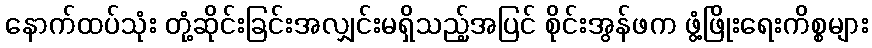
နောက်ထပ်သုံး တုံ့ဆိုင်းခြင်းအလျှင်းမရှိသည့်အပြင် စိုင်းအွန်ဖက ဖွံ့ဖြိုးရေးကိစ္စများ